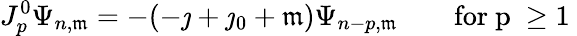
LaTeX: J_{p}^{0}\Psi_{n,\mathfrak{m}}=-(-\jmath+\jmath_{0}+\mathfrak{m})\Psi_{n-p,\mathfrak{m}}\qquad\mathrm{{for~p~\geq1~}}